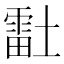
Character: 𰊴